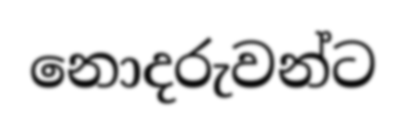
නොදරුවන්ට